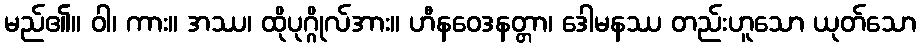
မည်၏။ ဝါ၊ ကား။ အဿ၊ ထိုပုဂ္ဂိုလ်အား။ ဟီနဝေဒနတ္တာ၊ ဒေါမနဿ တည်းဟူသော ယုတ်သော